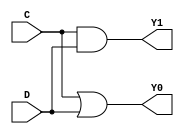
module KGP1(C,D,Y1,Y0);
input C,D;
output Y0,Y1;

assign Y0=C|D;
assign Y1=C&D;

endmodule